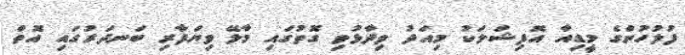
ފުލުހުންގެ މީޑިއާ އޮފިޝަލަކު މިއަދު ވިދާޅުވި ގޮތުގައި މާލޭ ވިޔަފާރި ބަނދަރުގައި އޮތް